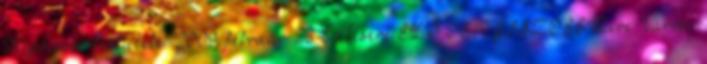
Képviselő-testülete. 2009. február 23-i ülésére ELŐ TERJESZTÉS Zirc Városi